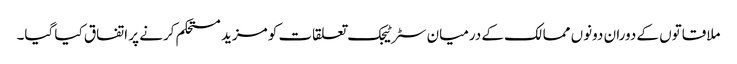
ملاقاتوں کے دوران دونوں ممالک کے درمیان سٹرٹیجک تعلقات کو مزید مستحکم کرنے پر اتفاق کیا گیا۔